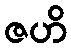
ဇဟိ